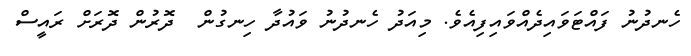
ހެނދުނު ފައްޓަވައިދެއްވައިފިއެވެ. މިއަދު ހެނދުނު ވައުދާ ހިނގުން  ދޮރުން ދޮރަށް ރައީސް